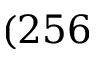
( 2 5 6